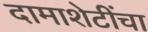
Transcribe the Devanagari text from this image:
दामाशेटींचा